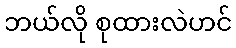
ဘယ်လို စုထားလဲဟင်